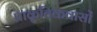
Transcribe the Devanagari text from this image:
प्राकृतिकवासों